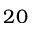
2 0